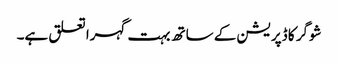
شوگر کا ڈپریشن کے ساتھ بہت گہرا تعلق ہے۔